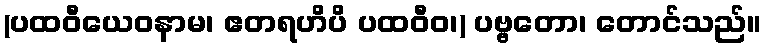
(ပထဝီယေဝနာမ၊ ဧတရဟိပိ ပထဝီဝ၊) ပဗ္ဗတော၊ တောင်သည်။